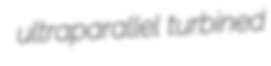
ultraparallel turbined